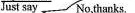
Just say No,thanks,